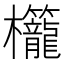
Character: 𬅚